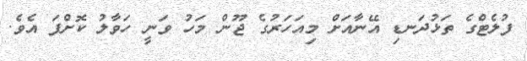
ފުލެޓްގެ ތަޅުދަނޑި އޭނާއަށް މިއަަހަރުގެ ޖޫން މަހު ވަނީ ހަވާލު ކޮށްފަ އެވެ.